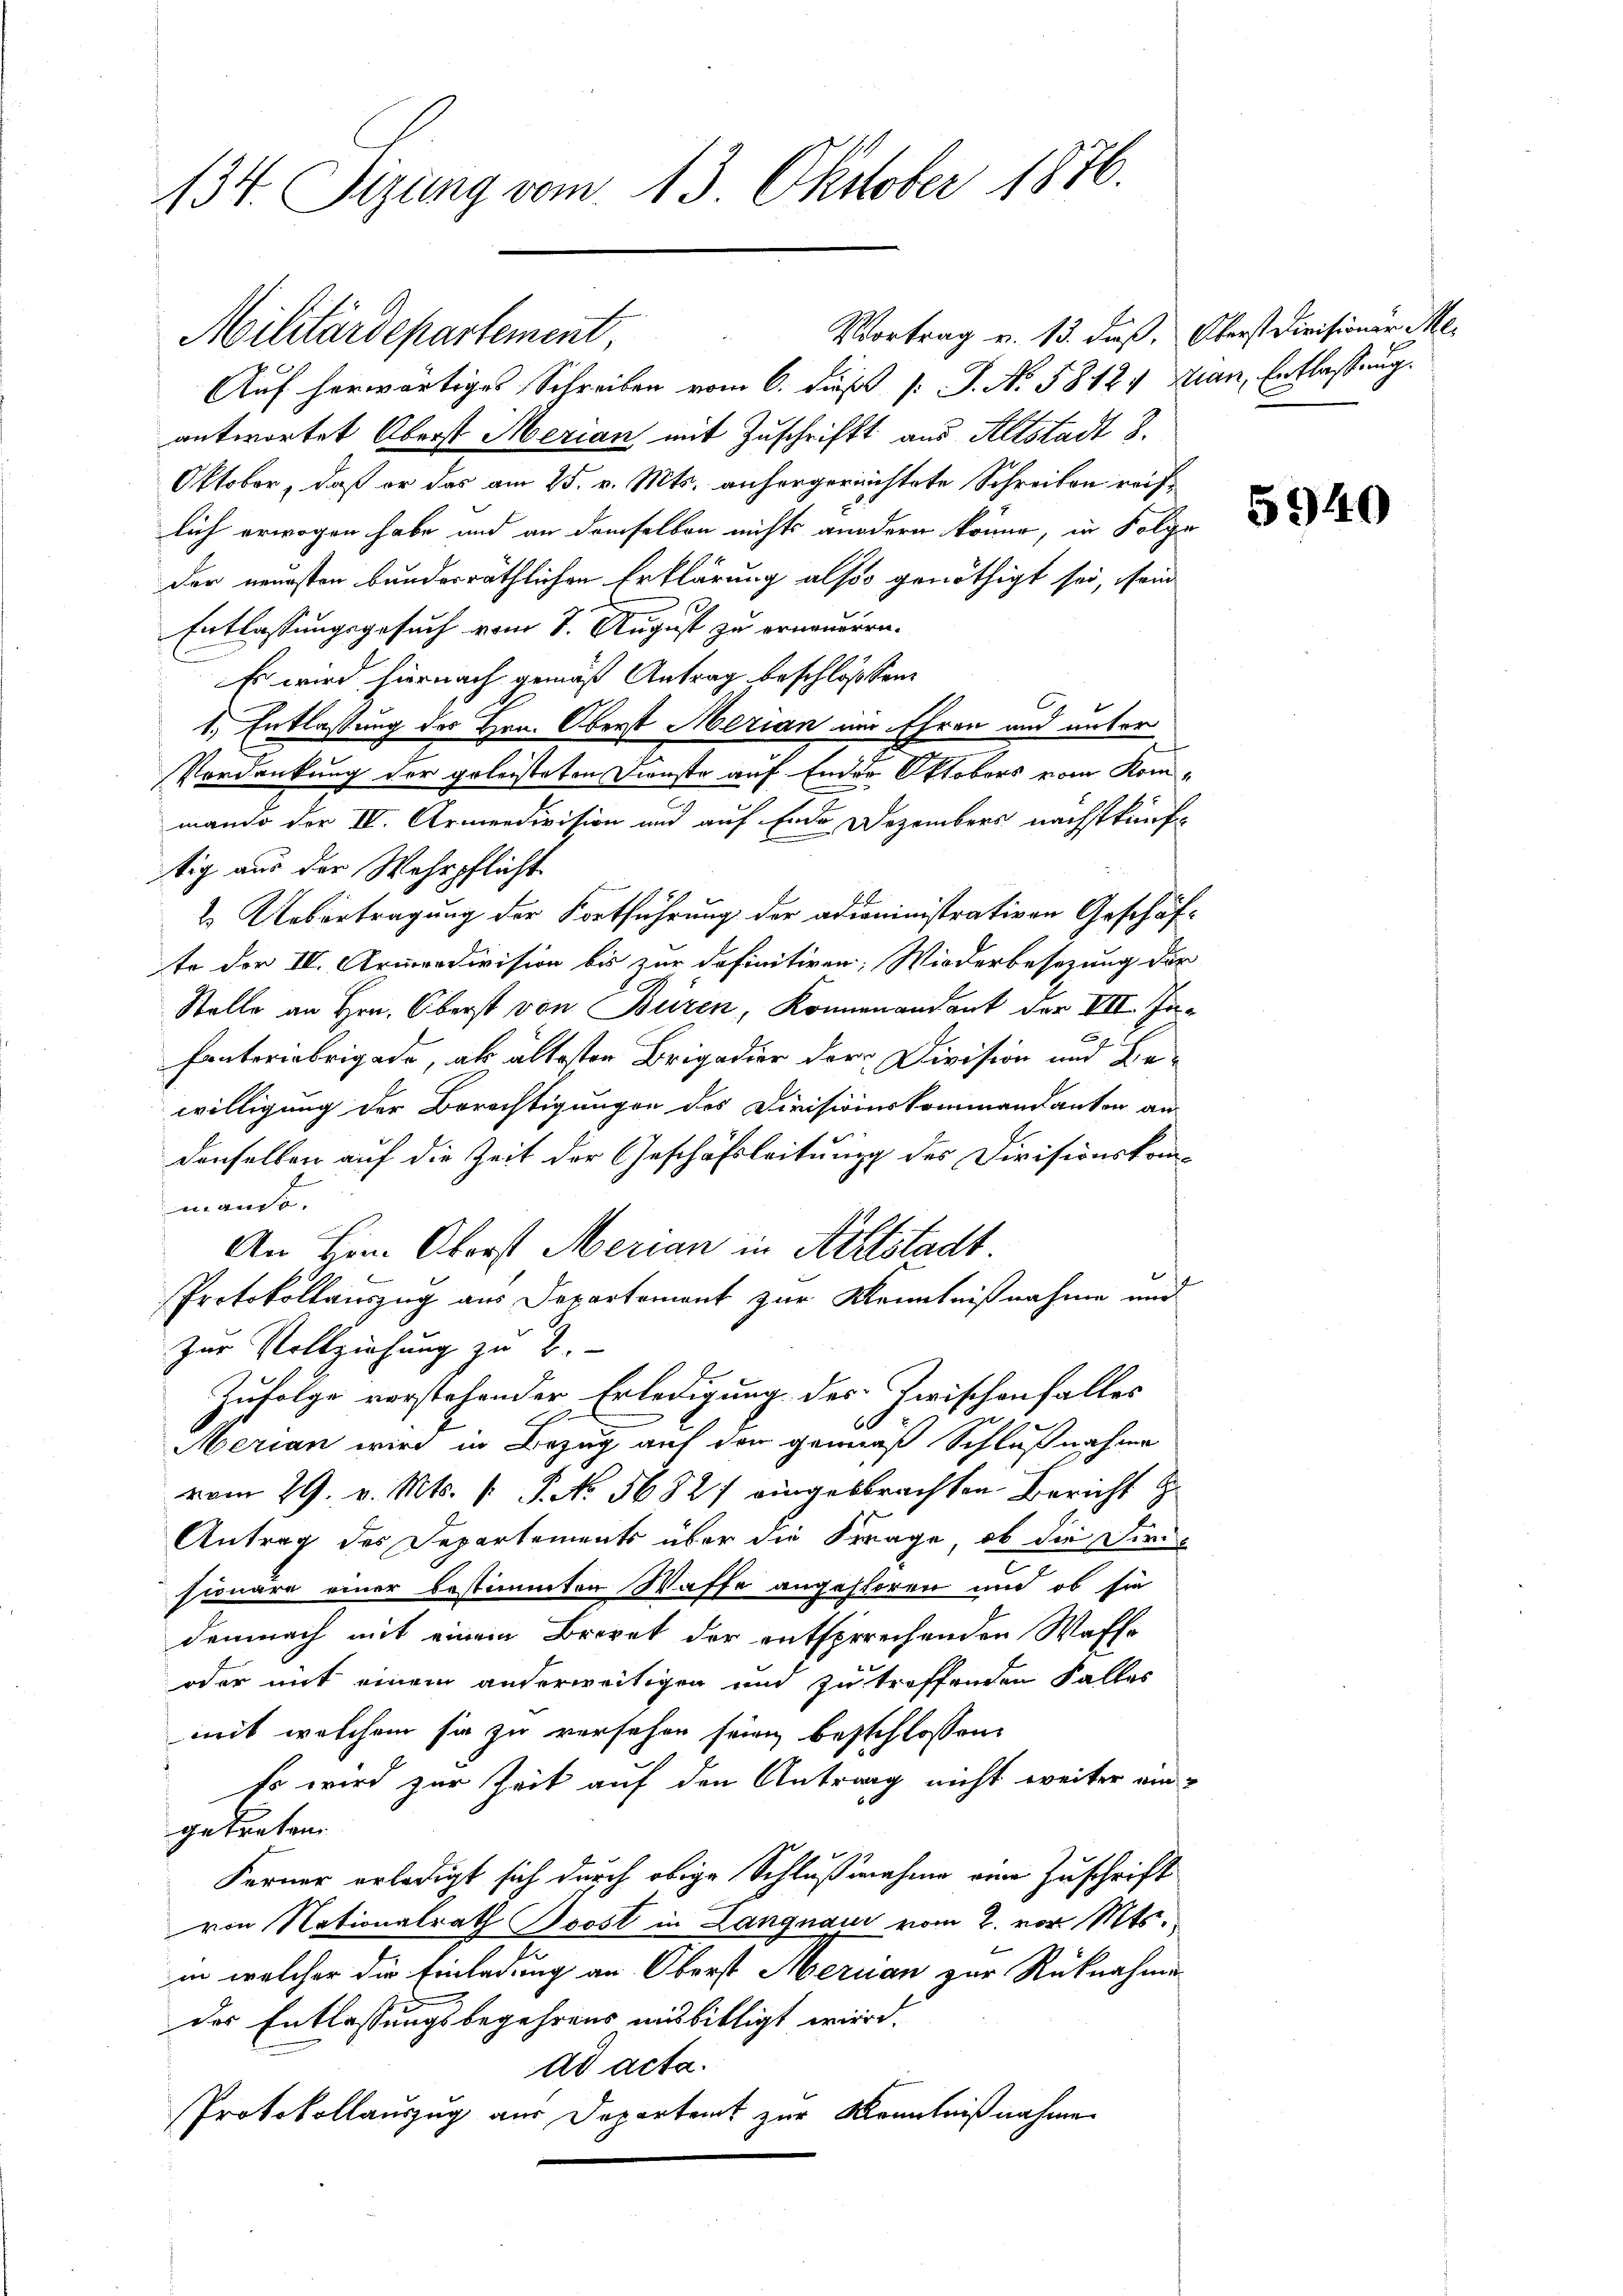
134. Sizung vom 13. Oktober 1876.

Militärdepartement,

Vortrag v. 13. daß, Oberst Divisioner Me
Auf herwärtiges Schreiben vom 6. dieß [ P. No. 58121 Man, Entlassung.
antwortet Oberst Merian mit Zuschriftt aus Altstadt 3.
Oktober, daß er das am 25. v. Mts. anhergereichtete Schreiben reiflich erwogen habe und an demselben nichts andern könne, in Folge
der neuesten bundesräthlichen Erklärung also genöthigt sei, sein
Entlassungsgesuch vom 8. August zu erneueren.
Es wird hiernach gemäß Antrag beschlossen
1.) Entlassung des Hrn. Oberst Merian um Ehren und unter
Vordankung der geleisteten Dienste auf Enden Oktobers vom Kommando der IV. Armendivision und auf Ende Dezembers nächstkünftig aus der Wehrpflicht
2. Uebertragung der Fortführung der adiministrativen Geschäfte der IV. Armendivision bis zur definitiven, Wiederbesezung der
Stelle an Hrn. Oberst von Büren, Könnenandant der VII. Infanteriebrigade, als ältesten Brigadier der Division und Bewilligung der Berechtigungen des Divisionskommendanton an
denselben auf die Zeit der Geschäftleitung des Divisionskommando.
An Hrn. Oberst Merian in Altstadt.
Protokollauszug aus Departement zur Kenntnißnahme und
zur Vollziehung zu 2.
Zufolge vorstehender Erledigung des Zwischenfalles
eere
6
Merian wird in Bezug auf den gemäß Schlußnahme
vom 29. v. Mts. v. P. No. 56827 eingebrachten Bericht z
Antrag des Departements über die Frage, ob die Die
sionäre einer bestimmten Waffe angestören und ob sie
demnach mit einem Brevet der entsprechenden Waffe
oder mit einem anderweitigen und zu treffenden Falles
mit welchem sie zu versehen sein besschlossene
Es wird zur Zeit auf den Antrag nicht weiter eingetreten.
Ferner erledigt sich durch obige Schlußnahme eine Zuschrift
von Nationalrath Trost in Langnau vom 2. vor. Mts.
in welcher die Einladung an Oberst Merian zur Rücknahme
des Entlassungsbegehrens ausbilligt wird.
ad acta.
Protokollauszug aus Departamt zur Kenntnißnahme

5940